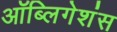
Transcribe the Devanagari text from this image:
ऑब्लिगेशंस